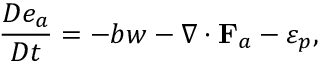
\frac { D e _ { a } } { D t } = - b w - \nabla \cdot { \bf F } _ { a } - \varepsilon _ { p } ,